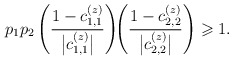
\begin{align*}p_1p_2 \left(\frac{1-c_{1,1}^{(z)}}{\bigl|c_{1,1}^{(z)}\bigr|}\right) \!\! \left(\frac{1-c_{2,2}^{(z)}}{\bigl|c_{2,2}^{(z)}\bigr|}\right)\geqslant 1.\end{align*}